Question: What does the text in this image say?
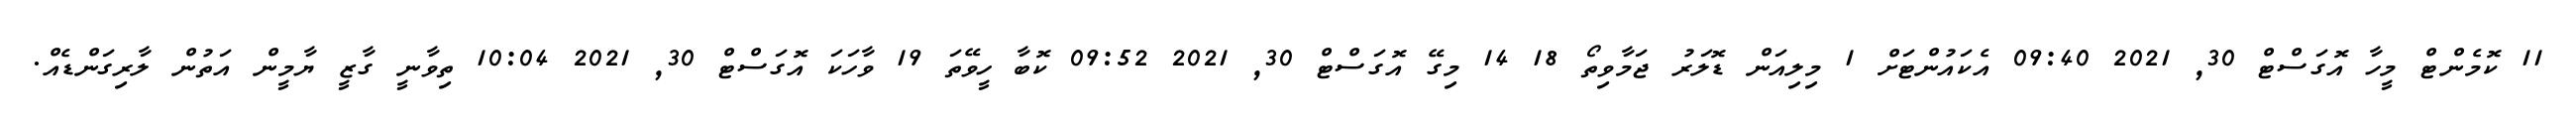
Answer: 11 ކޮމެންޓް މީހާ އޮގަސްޓް 30, 2021 09:40 އެކައުންޓަށް 1 މިލިއަން ޑޮލަރު ޖަމާވިތޯ 18 14 މިގޭ އޮގަސްޓް 30, 2021 09:52 ކޮބާ ހީވޭތަ 19 ވާހަކަ އޮގަސްޓް 30, 2021 10:04 ތިވާނީ ގާޒީ ޔާމީން އަތުން ލާރިގަންޑެއް.